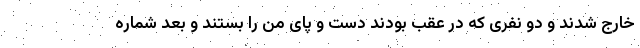
خارج شدند و دو نفری که در عقب بودند دست و پای من را بستند و بعد شماره